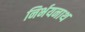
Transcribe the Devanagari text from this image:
निर्भयनाथ